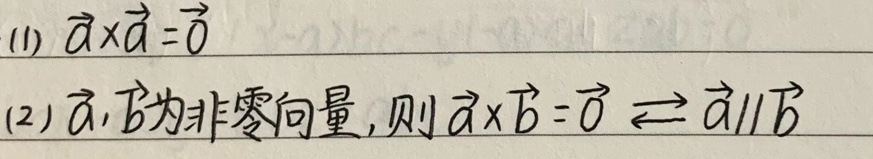
$(1) \vec{a} \times \vec{a} = \vec{0}$\\
(2) \vec{a},\vec{b}为非零向量, 则$\vec{a} \times \vec{b} = \vec{0} \Longleftrightarrow \vec{a} \parallel \vec{b}$